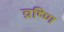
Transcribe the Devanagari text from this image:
व्रष्णि